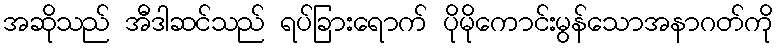
အဆိုသည် အီဒါဆင်သည် ရပ်ခြားရောက် ပိုမိုကောင်းမွန်သောအနာဂတ်ကို